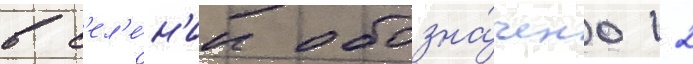
в с'ел'е́н'ии обозна́чено 12